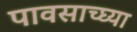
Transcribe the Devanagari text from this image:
पावसाच्घ्या